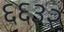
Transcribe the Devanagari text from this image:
६६३२